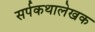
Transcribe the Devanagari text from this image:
सर्पकथालेखक